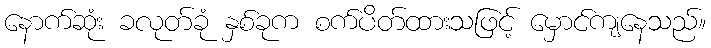
နောက်ဆုံး ခလုတ်ခုံ နှစ်ခုက စက်ပိတ်ထားသဖြင့် မှောင်ကျနေသည်။